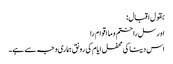
بقول اقبال:
او رسل را ختم و ما اقوام را
اس دینا کی محفل ایام کی رونق ہماری وجہ سے ہے۔